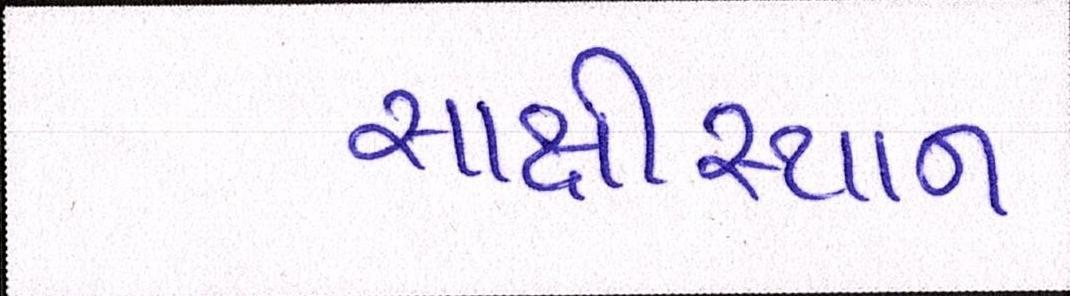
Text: સાક્ષીસ્થાન